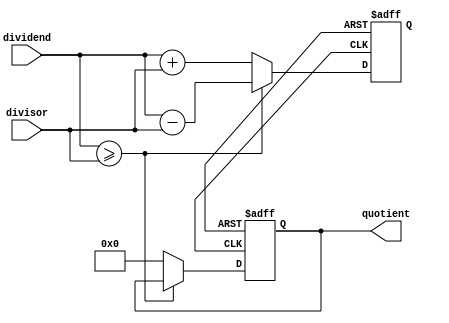
module non_restoring_divider (
  input wire [7:0] dividend,
  input wire [7:0] divisor,
  output reg [7:0] quotient
);

reg [8:0] remainder;
reg [7:0] neg_divisor;
reg [7:0] temp_dv;

always @(*) begin
  remainder = dividend;
  neg_divisor = -divisor;
  temp_dv = 0;
end

always @(posedge clk or negedge rst) begin
  if (!rst) begin
    quotient <= 0;
    remainder <= 0;
    temp_dv <= 0;
  end else begin
    if (remainder[8] == 0) begin
      if (remainder >= divisor) begin
        remainder <= remainder - divisor;
        temp_dv <= temp_dv + 1;
      end else begin
        remainder <= remainder + divisor;
        quotient <= temp_dv;
        temp_dv <= 0;
      end
    end else begin
      remainder <= remainder + divisor;
      temp_dv <= temp_dv - 1;
    end
  end
end

endmodule